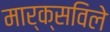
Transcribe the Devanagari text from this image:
मार्क्सविले